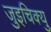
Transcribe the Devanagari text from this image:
जुइचिक्यु